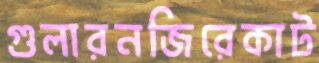
গুলারনজিরেকাট